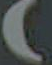
)